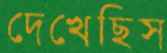
দেখেছিস